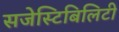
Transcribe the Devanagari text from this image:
सजेस्टिबिलिटी